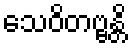
သေဝိတဗ္ဗန္တိ